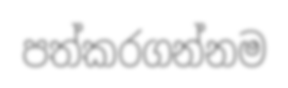
පත්කරගන්නම